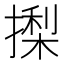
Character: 𭢍